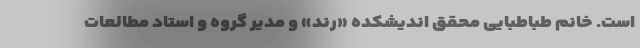
است. خانم طباطبایی محقق اندیشکده «رند» و مدیر گروه و استاد مطالعات